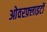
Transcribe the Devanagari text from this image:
ओवरफ़्लाइटों